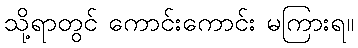
သို့ရာတွင် ကောင်းကောင်း မကြားရ။